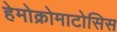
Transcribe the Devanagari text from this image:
हेमोक्रोमाटोसिस